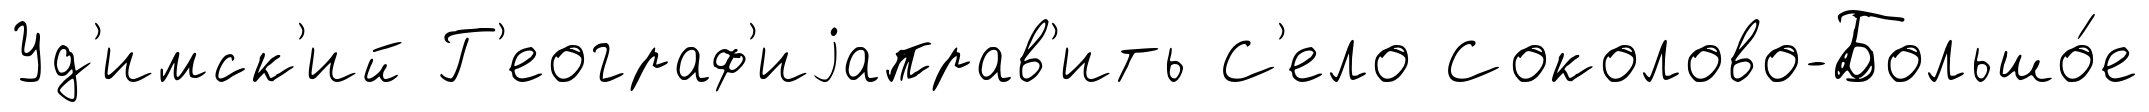
Уд'имск'ий Г'еограф'иjаправ'ить С'ело Соколово-Большо́е